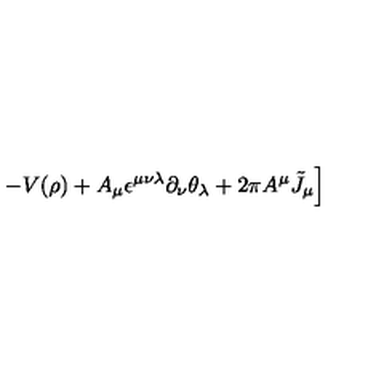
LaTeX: \left. - V ( \rho ) + A _ { \mu } \epsilon ^ { \mu \nu \lambda } \partial _ { \nu } \theta _ { \lambda } + 2 \pi A ^ { \mu } { \tilde { J } } _ { \mu } \right]